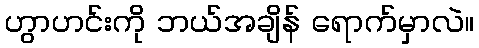
ဟွာဟင်းကို ဘယ်အချိန် ရောက်မှာလဲ။